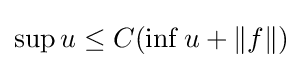
\sup u\leq C(\inf u+\|f\|)